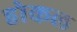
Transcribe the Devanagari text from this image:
होकल